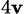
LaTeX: _{4\mathbf{v}}